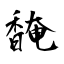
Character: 馣